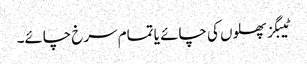
ٹیبگز پھلوں کی چائے یا تمام سرخ چائے۔